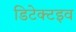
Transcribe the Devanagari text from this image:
डिटेक्टइव